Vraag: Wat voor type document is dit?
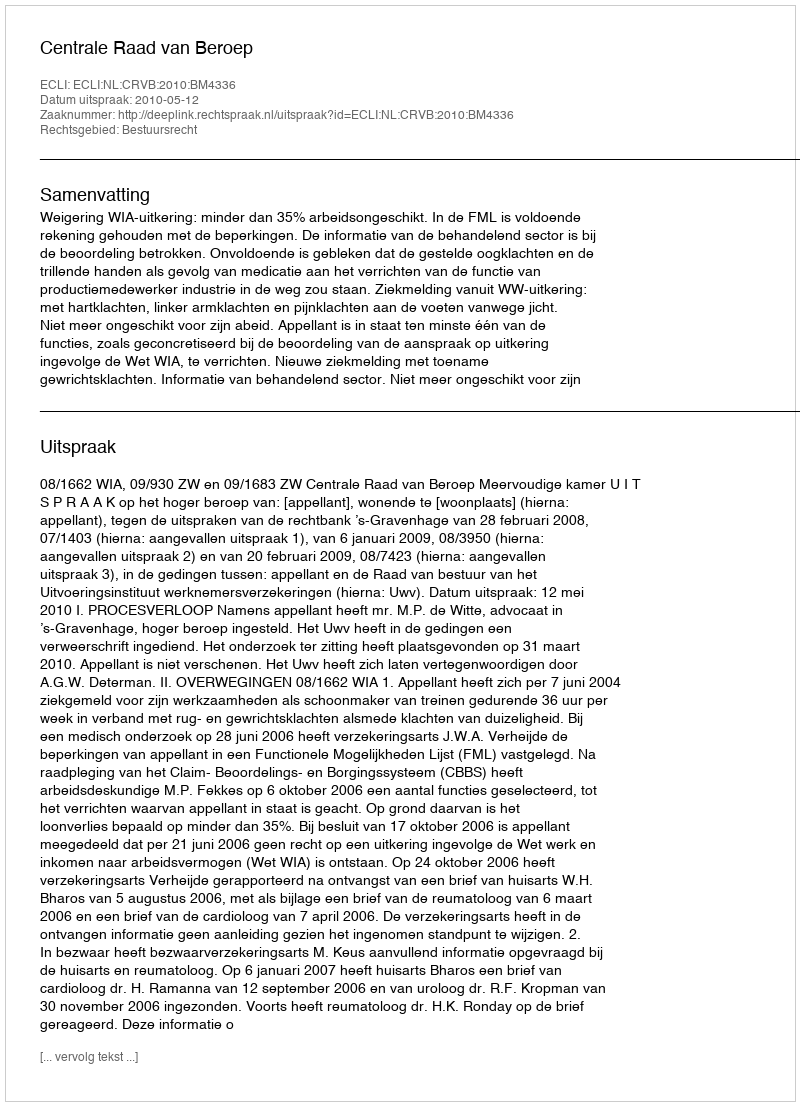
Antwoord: Uitspraak